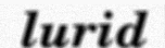
lurid